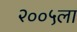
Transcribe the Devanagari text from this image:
२००५ला